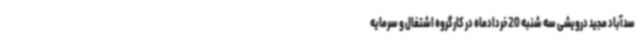
سدآباد مجید درویشی سه شنبه 20 خردادماه در کارگروه اشتغال و سرمایه